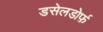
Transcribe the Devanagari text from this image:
डसेलडोर्फ़